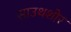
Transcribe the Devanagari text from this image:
साउथशोर